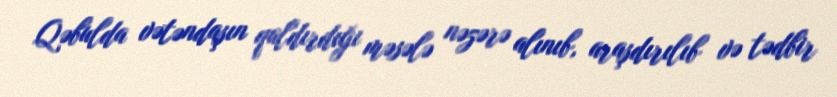
Qəbulda vətəndaşın qaldırdığı məsələ nəzərə alınıb, araşdırılıb və tədbir